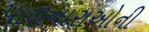
પાળનારાઓની